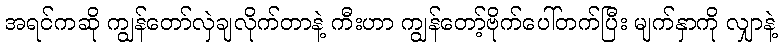
အရင်ကဆို ကျွန်တော်လှဲချလိုက်တာနဲ့ ကီးဟာ ကျွန်တော့်ဗိုက်ပေါ်တက်ပြီး မျက်နှာကို လျှာနဲ့